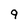
Character: 9